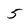
Character: 5